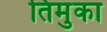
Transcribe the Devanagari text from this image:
तिमुका